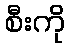
စီးကို